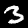
Label: 3